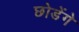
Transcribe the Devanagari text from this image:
छोडेंगे